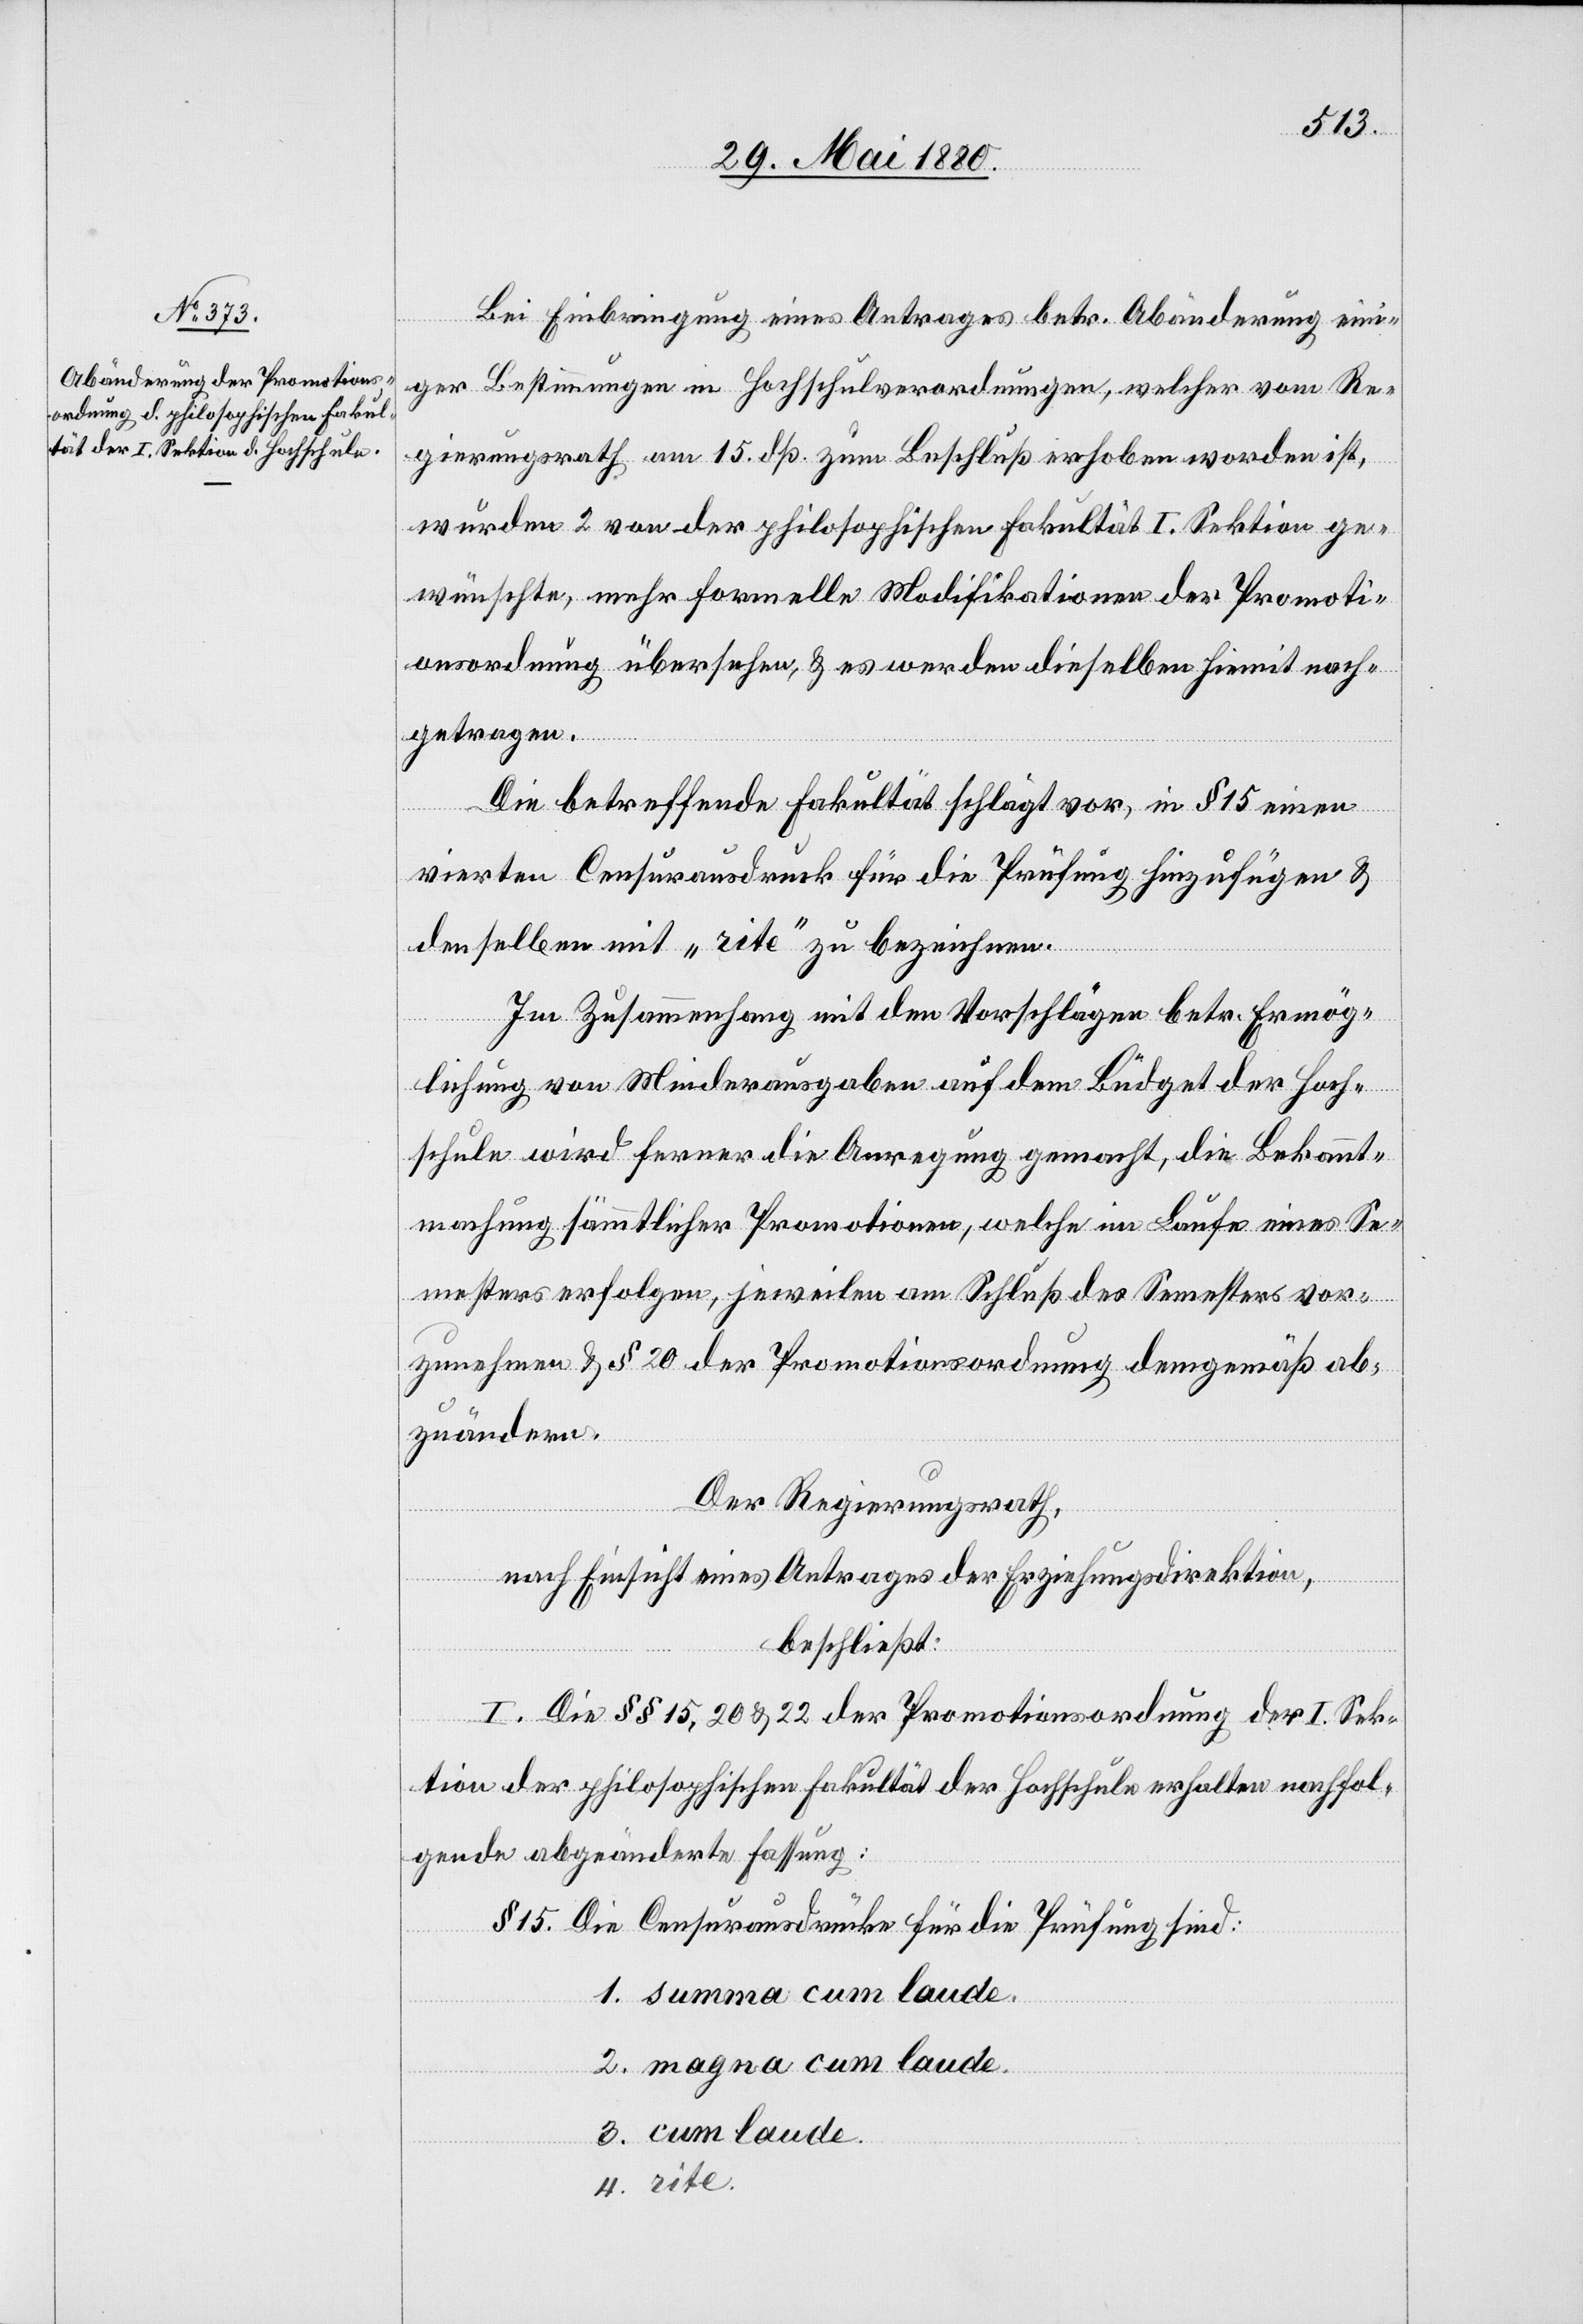
Bei Einbringung eines Antrages betr. Abänderung eini¬
ger Bestimmungen in Hochschulverordnungen, welcher vom Re¬
gierungsrath am 15. dß. zum Beschluß erhoben worden ist,
wurden 2 von der philosophischen Fakultät I. Sektion ge¬
wünschte, mehr formelle Modifikationen der Promoti¬
onsordnung übersehen, & es werden dieselben hiemit nach¬
getragen.
Die betreffende Fakultät schlägt vor, in § 5 einen
vierten Censurausdruck für die Prüfung hinzufügen &
denselben mit „rite“ zu bezeichnen.
Im Zusammenhang mit den Vorschlägen betr. Ermög¬
lichung von Minderausgaben auf dem Büdget der Hoch¬
schule wird ferner die Anregung gemacht, die Bekannt¬
machung sämmtlicher Promotionen, welche im Laufe eines Se¬
mesters erfolgen, jeweilen am Schluß des Semesters vor¬
zunehmen & § 20 der Promotionsordnung demgemäß ab¬
zuändern.
Der Regierungsrath,
nach Einsicht eines Antrages der Erziehungsdirektion,
beschließt:
I. Die §§ 15, 20 & 22 der Promotionsordnung der I. Sek¬
tion der philosophischen Fakultät der Hochschule erhalten nachfol¬
gende abgeänderte Fassung:
§ 15. Die Censurausdrücke für die Prüfung sind:
1. summa cum laude.
2. magna cum laude.
3. cum laude.
4. rite